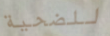
للضحية